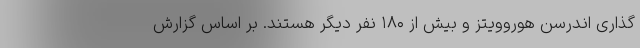
گذاری اندرسن هوروویتز و بیش از ۱۸۰ نفر دیگر هستند. بر اساس گزارش